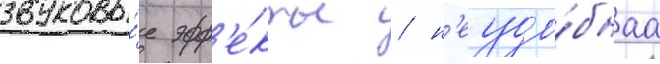
звуковы́е эфф'е́кты / н'еудо́бнаа